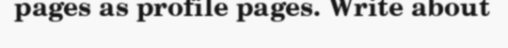
pages as profile pages. Write about